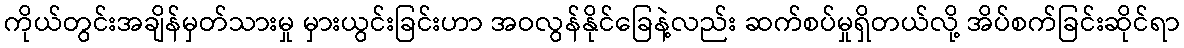
ကိုယ်တွင်းအချိန်မှတ်သားမှု မှားယွင်းခြင်းဟာ အဝလွန်နိုင်ခြေနဲ့လည်း ဆက်စပ်မှုရှိတယ်လို့ အိပ်စက်ခြင်းဆိုင်ရာ